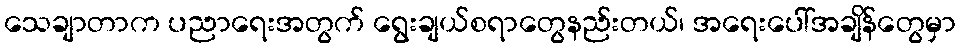
သေချာတာက ပညာရေးအတွက် ရွေးချယ်စရာတွေနည်းတယ်၊ အရေးပေါ်အချိန်တွေမှာ